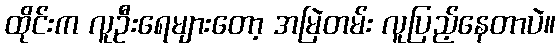
ထိုင်းက လူဦးရေများတော့ အမြဲတမ်း လူပြည့်နေတာပဲ။